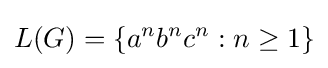
L(G)=\{a^{n}b^{n}c^{n}:n\geq 1\}